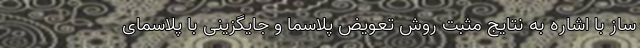
ساز با اشاره به نتایج مثبت روش تعویض پلاسما و جایگزینی با پلاسمای